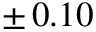
\pm \, 0 . 1 0